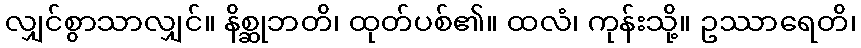
လျှင်စွာသာလျှင်။ နိစ္ဆုဘတိ၊ ထုတ်ပစ်၏။ ထလံ၊ ကုန်းသို့။ ဥဿာရေတိ၊